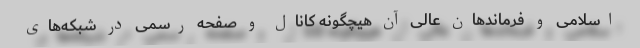
اسلامی و فرماندهان عالی آن هیچگونه کانال و صفحه رسمی در شبکه‌های